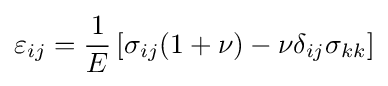
\varepsilon _{ij}={\frac {1}{E}}\left[\sigma _{ij}(1+\nu )-\nu \delta _{ij}\sigma _{kk}\right]